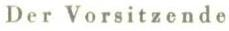
Der Vorsitzende